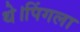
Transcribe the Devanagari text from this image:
थे।पिंगला